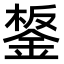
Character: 𨧸